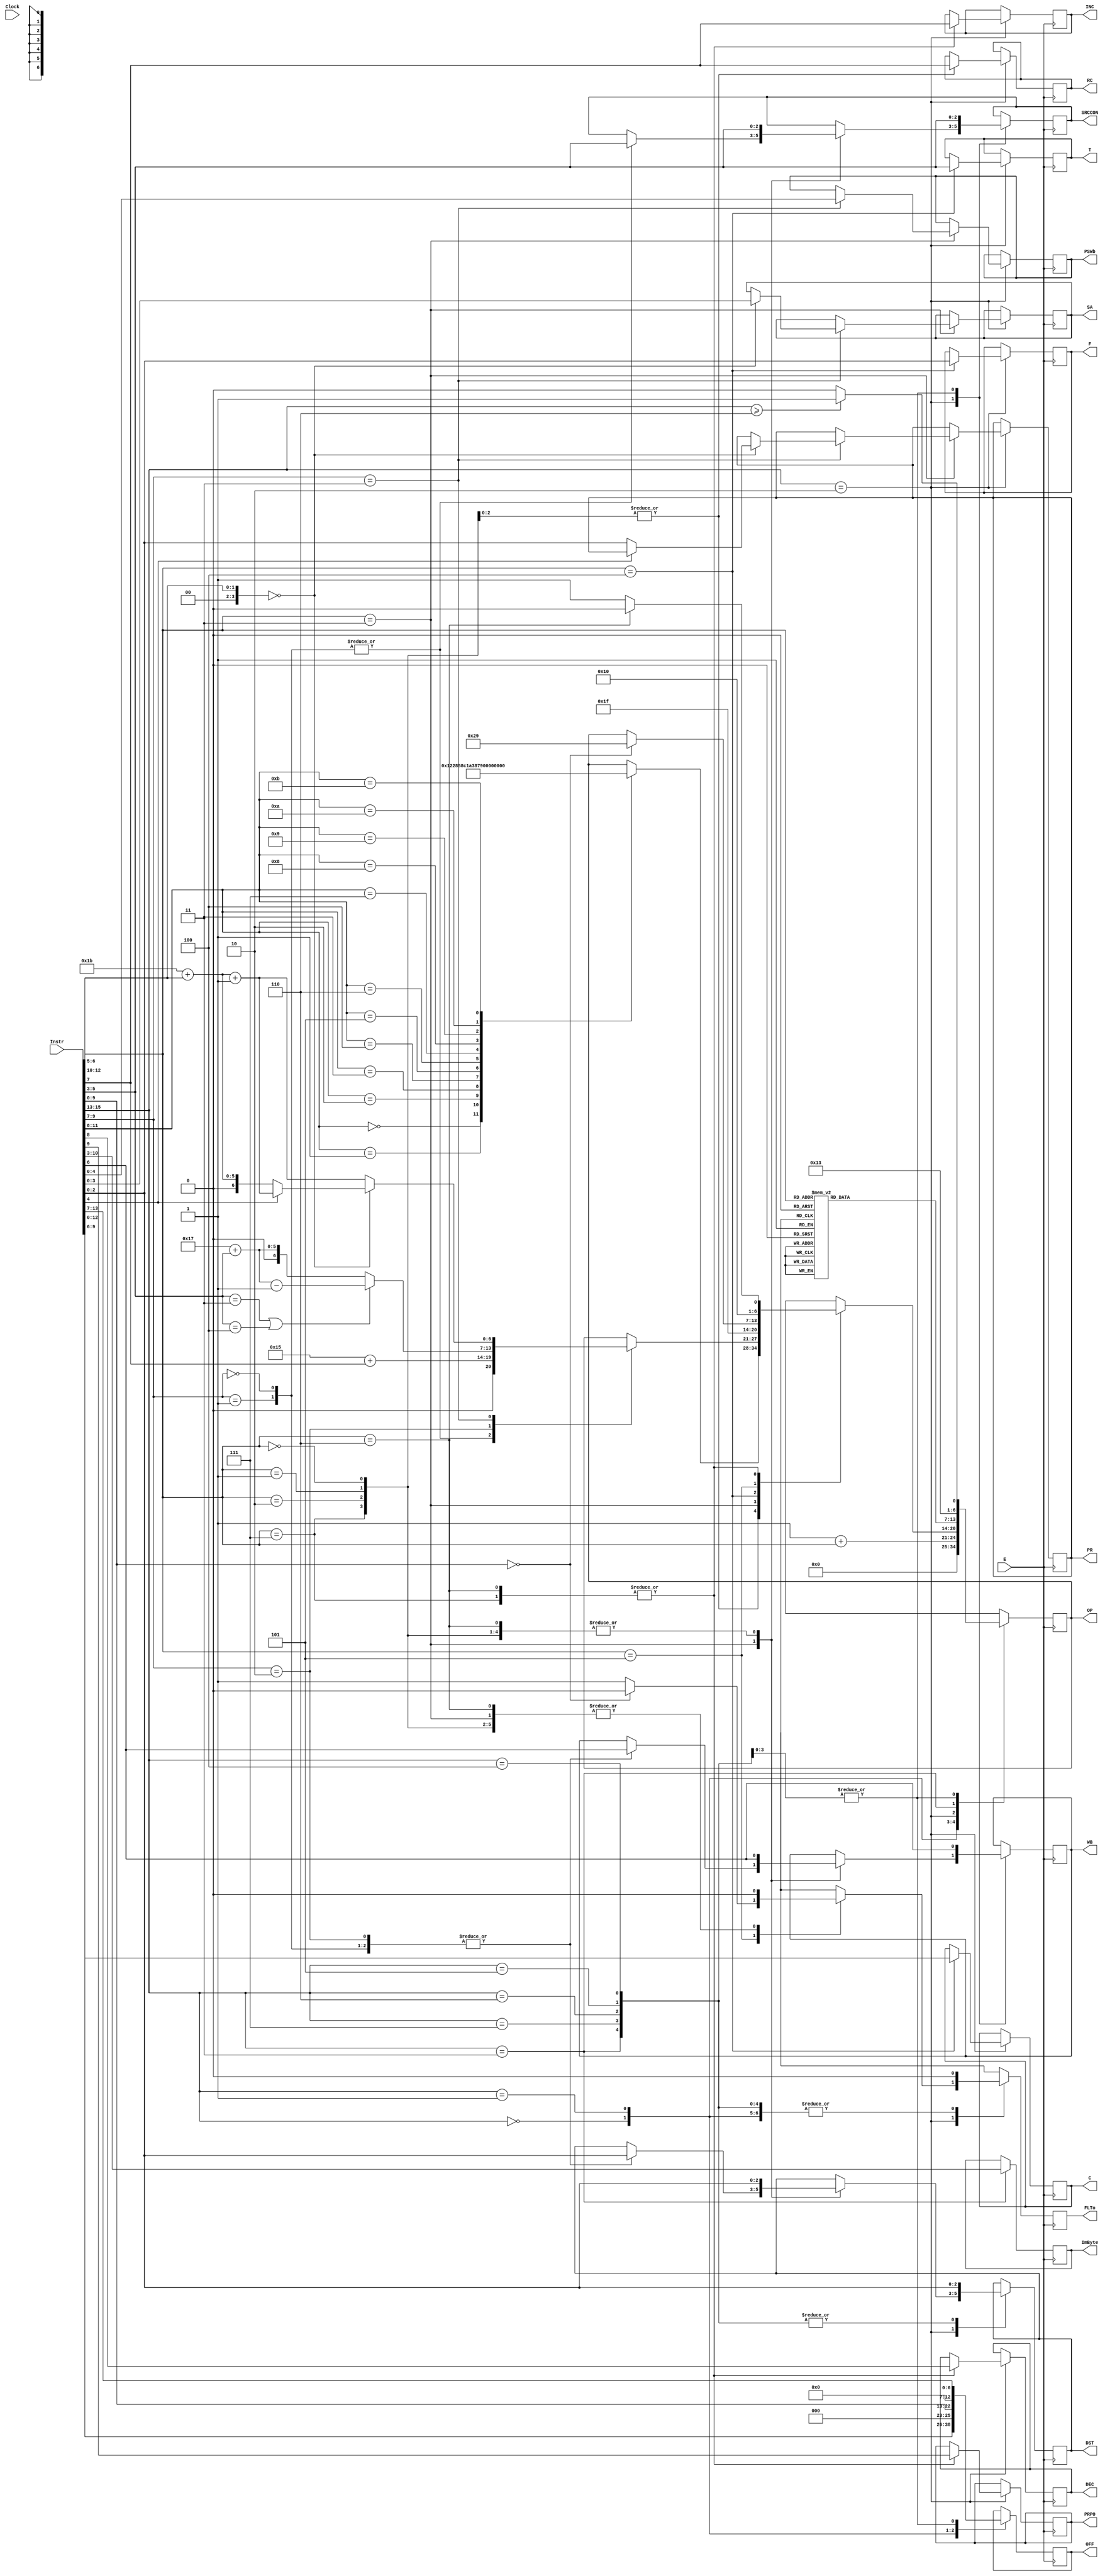
/* 
 * The Instruction decoder for the XM-23 CPU
 * Module: 		instruction_decoder
 * Description: Deconstructs the machine code into opcode and operands.
 * Acknowledgements:
 * 		See xm23_cpu.v
 */
module instruction_decoder (Instr, E, OP, OFF, C, T, F, PR, SA, PSWb, DST, SRCCON, WB, RC, ImByte, PRPO, DEC, INC, FLTo, Clock);
	input [15:0] Instr;
	input E;
	input Clock;
	
	output reg [6:0] OP;
	output reg [12:0] OFF;
	output reg [3:0] C;
	output reg [2:0] T;
	output reg [2:0] F;
	output reg [2:0] PR;
	output reg [3:0] SA;
	output reg [4:0] PSWb;
	output reg [2:0] DST;
	output reg [2:0] SRCCON;
	output reg WB;
	output reg RC;
	output reg [7:0] ImByte;
	output reg PRPO;
	output reg DEC;
	output reg INC;
	output reg FLTo = 1'd0;
	
	wire [2:0] bits13to15;
	wire [2:0] bits10to12;
	wire [3:0] bits8to11;
	wire [2:0] bits7to9;
	wire [3:0] bits5to6;
	wire [3:0] bits3to5;
	
	assign bits13to15 = Instr[15:13];
	assign bits10to12 = Instr[12:10];
	assign bits8to11 = Instr[11:8];
	assign bits7to9 = Instr[9:7];
	assign bits5to6 = Instr[6:5];
	assign bits3to5 = Instr[5:3];
	
	always @(posedge E) begin
		FLTo = 1'd0;	// Default to no faults
		case(bits13to15)
			0: 	begin
				OP = 6'd0; 		// BL
				OFF <= Instr[12:0];
				end
			1: 	begin
				OP <= 6'd1 + bits10to12;	// BEQ to BRA
				OFF <= Instr[9:0];
				end
			2:	begin
				case(bits10to12)
					0,1,2:	begin
						case(bits8to11)
							0:	OP = 6'd9;	// ADD
							1:	OP = 6'd10;	// ADDC
							2:	OP = 6'd11;	// SUB
							3: 	OP = 6'd12;	// SUBC
							4:	OP = 6'd13;	// DADD
							5:	OP = 6'd14;	// CMP
							6:	OP = 6'd15;	// XOR
							7:	OP = 6'd16;	// AND
							8:	OP = 6'd17;	// OR
							9:	OP = 6'd18;	// BIT
							10:	OP = 6'd19;	// BIC
							11: OP = 6'd20; // BIS
						endcase
						RC <= Instr[7];
						WB <= Instr[6];
						SRCCON <= Instr[5:3];
						DST <= Instr[2:0];
						end
							
					3:	begin
						case(bits7to9)
							0,1:	begin
								OP = 6'd21 + Instr[7];	// MOV, SWAP
								WB <= Instr[6];  // Can update, but will not be used for SWAP
								SRCCON <= Instr[5:3];
								DST <= Instr[2:0];
								end
								
							2:	begin		// SRA, RRC, SWPB, SXT
								OP <= 6'd23 + bits3to5;
								if ((bits3to5 == 3'b011) || (bits3to5 == 3'b100))
									OP <= 6'd23 + bits3to5 - 6'd1;
								WB <= Instr[6]; // Can update, but will not be used for SWPB or SXT
								DST <= Instr[2:0];
								end
									
							3:	begin		// SETPRI, SVC, SETCC, CLRCC
								OP = 6'd27 + bits5to6;
								if (bits5to6 == 2'd0) begin
									if (Instr[4] == 1'b0)
										PR <= Instr[2:0];
									else
										OP = OP[6:0] + 1'b1;
										SA <= Instr[3:0];
								end
								else
									OP = OP[6:0] + 1'b1;
									PSWb <= Instr[4:0];
								end
						endcase
						end
							
					4:	begin
						OP = 6'd31;	// CEX
						C <= Instr[9:6];
						T <= Instr[5:3];
						F <= Instr[2:0];
						end
						
					5: 	begin
						if(Instr[9:0] == 6'd0)
							OP = 6'd41;	// BREAKPOINT
						else
							FLTo = 1'b1; // Only case for INVALID INSTR
						end
						
					6,7: begin
						if (bits10to12 == 3'd6)
							OP = 6'd32;	// LD
						else
							OP = 6'd33;	// ST
						PRPO <= Instr[9];
						DEC <= Instr[8];
						INC <= Instr[7];
						WB <= Instr[6];
						SRCCON <= Instr[5:3];
						DST <= Instr[2:0];
						end
				endcase
				end
					
			3:	begin
				case(bits10to12)
					0,1:	OP = 6'd34;	// MOVL
					2,3:	OP = 6'd35;	// MOVLZ
					4,5:	OP = 6'd36;	// MOVLS
					6,7:	OP = 6'd37;	// MOVH			
				endcase
				ImByte <= Instr[10:3];
				DST <= Instr[2:0];
				end
			4,5,6,7: begin
					if (bits13to15 >= 3'd6)
						OP = 6'd39;	// STR
					else
						OP = 6'd38;	// LDR
					OFF <= Instr[13:7];
					WB <= Instr[6];
					SRCCON <= Instr[5:3];
					DST <= Instr[2:0];
					end
		endcase
	end
endmodule